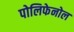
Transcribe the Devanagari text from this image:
पोलिफेनोल